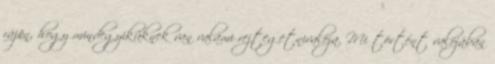
rájön, hogy mindegyiküknek van valami rejtegetnivalója. Mi történt valójában